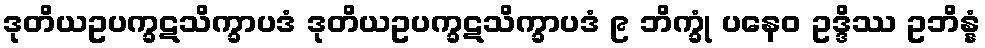
ဒုတိယဥပက္ခဋသိက္ခာပဒံ ဒုတိယဥပက္ခဋသိက္ခာပဒံ ၉ ဘိက္ခုံ ပနေဝ ဥဒ္ဒိဿ ဥဘိန္နံ